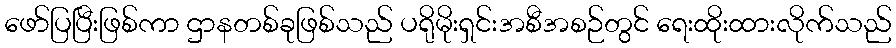
ဖော်ပြပြီးဖြစ်ကာ ဌာနတစ်ခုဖြစ်သည် ပရိုမိုးရှင်းအစီအစဉ်တွင် ရေးထိုးထားလိုက်သည်